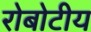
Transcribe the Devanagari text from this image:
रोबोटीय